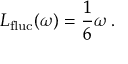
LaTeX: L _ { \mathrm { f l u c } } ( \omega ) = \frac { 1 } { 6 } \omega \, .